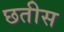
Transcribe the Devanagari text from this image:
छतीस